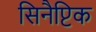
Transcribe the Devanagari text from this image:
सिनैप्टिक